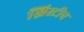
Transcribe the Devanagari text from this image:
ख्रिस्टीन